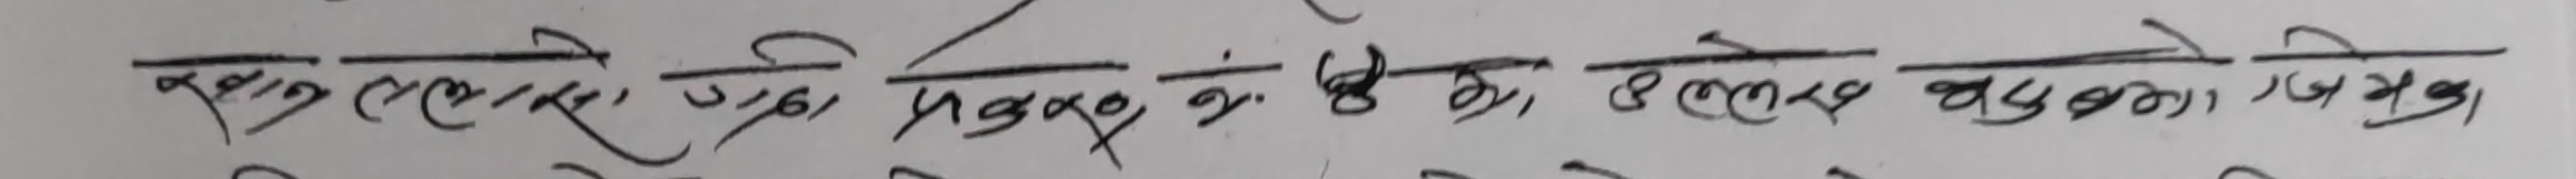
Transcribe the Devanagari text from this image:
रुख लाग्छ, धेरै मानिसहरु, उही, उलेख, वदुका, जग्गा